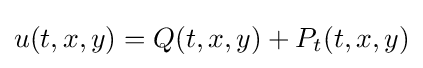
u(t,x,y)=Q(t,x,y)+P_{t}(t,x,y)